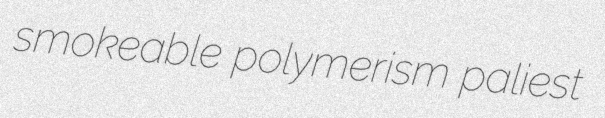
smokeable polymerism paliest